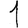
Digit: 1